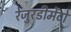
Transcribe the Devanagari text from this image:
रेजुरडीमेंटो